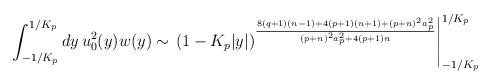
LaTeX: \begin{align*}\int^{1/K_p}_{-1/K_p}dy\,u^2_0(y)w(y)\sim\left.(1-K_p|y|)^{{8(q+1)(n-1)+4(p+1)(n+1)+(p+n)^2a^2_p}\over{(p+n)^2a^2_p+4(p+1)n}}\right|^{1/K_p}_{-1/K_p}\end{align*}